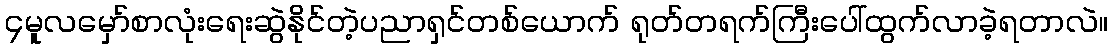
၄မူလမှော်စာလုံးရေးဆွဲနိုင်တဲ့ပညာရှင်တစ်ယောက် ရုတ်တရက်ကြီးပေါ်ထွက်လာခဲ့ရတာလဲ။